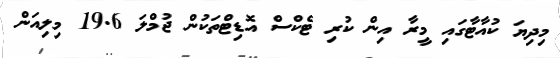
މިދިޔަ ކުއާޓާގައި މީރާ އިން ކުރި ޓެކްސް އޮޑިޓްތަކުން ޖުމްލަ 19.6 މިލިއަން